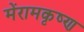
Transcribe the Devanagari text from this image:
मेंरामकृष्ण